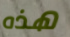
هذه